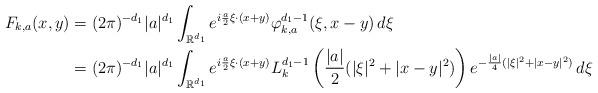
LaTeX: \begin{align*}F_{k,a}(x,y)&=(2\pi)^{-d_1}|a|^{d_1}\int_{\mathbb{R}^{d_1}}e^{i\frac{a}{2}\xi\cdot(x+y)}\varphi_{k,a}^{d_1-1}(\xi,x-y)\,d\xi\\ &=(2\pi)^{-d_1}|a|^{d_1}\int_{\mathbb{R}^{d_1}}e^{i\frac{a}{2}\xi\cdot(x+y)}L_k^{d_1-1}\left(\frac{|a|}{2}(|\xi|^2+|x-y|^2)\right)e^{-\frac{|a|}{4}(|\xi|^2+|x-y|^2)}\,d\xi\end{align*}